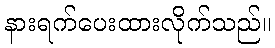
နားရက်ပေးထားလိုက်သည်။